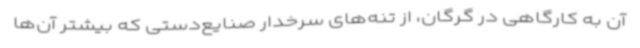
آن به کارگاهی در گرگان، از تنه‌های سرخدار صنایع‌دستی که بیشتر آن‌ها